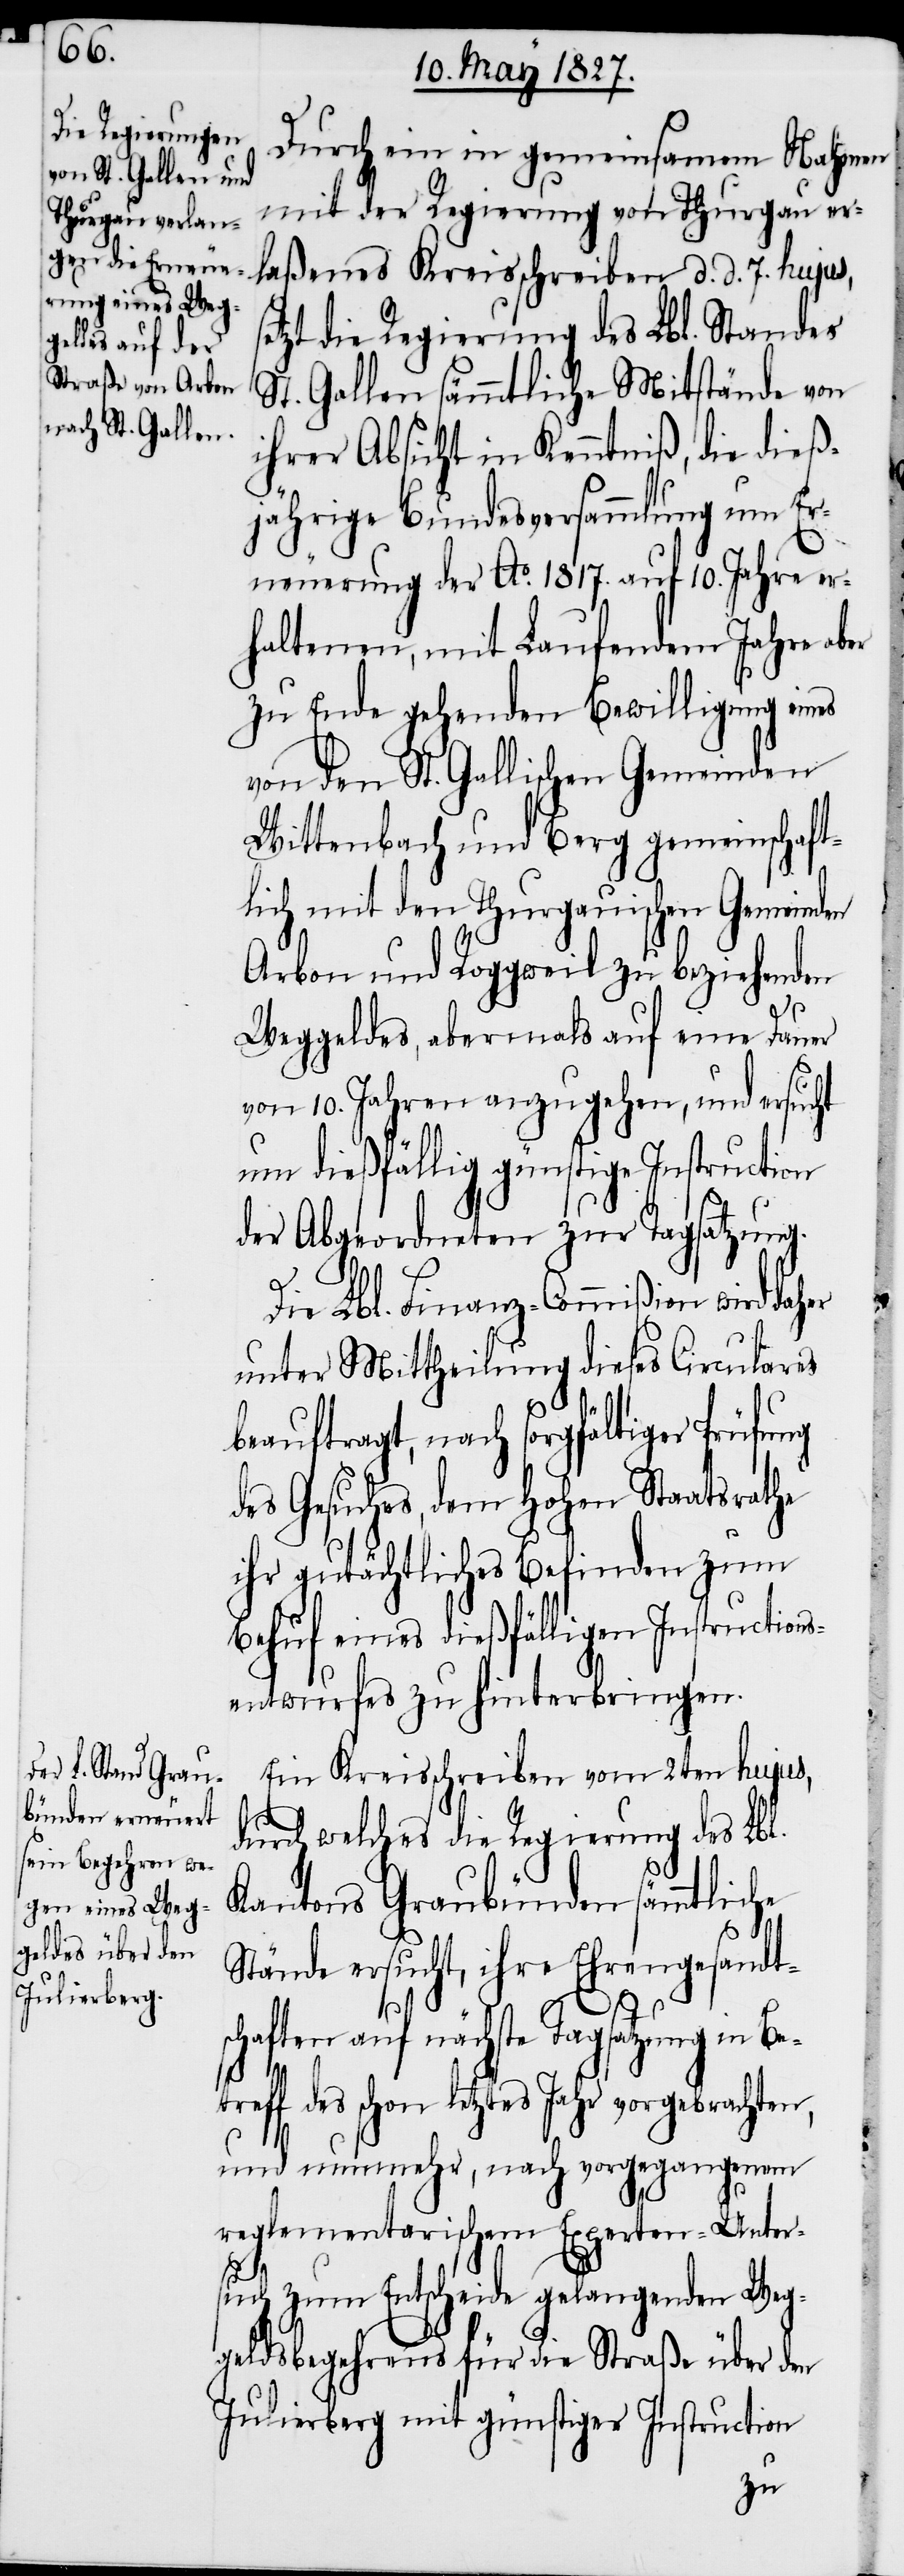
Durch ein in gemeinsamem Nahmen
mit der Regierung von Thurgau er¬
laßenes Kreisschreiben d. d. 7. hujus,
etzt die Regierung des Lbl. Standes
St. Gallen sämmtliche Mitstände von
ihrer Absicht in Kenntniß, die dieß¬
jährige Bundesversammlung um Er¬
neuerung der Ao. 1817. auf 10. Jahre er¬
haltenen, mit laufendem Jahre aber
zu Ende gehenden Bewilligung eines
von den St. Gallischen Gemeinden
Wittenbach und Berg gemeinschaft¬
lich mit den Thurgauischen Gemeinden
Arbon und Roggweil zu beziehenden
Weggeldes, abermals auf eine Dauer
von 10. Jahren anzugehen, und ersucht
um dießfällig günstige Instruction
der Abgeordneten zur Tagsatzung.
Die Lbl. Finanz-Commißion wird daher
unter Mittheilung dieses Circulares
beauftragt, nach sorgfältiger Prüfung
des Gesuches, dem Hohen Staatsrathe
ihr gutächtliches Befinden zum
Behuf eines dießfälligen Instructions¬
entwurfes zu hinterbringen.
Ein Kreisschreiben vom 2ten hujus,
durch welches die Regierung des Lbl.
Kantons Graubünden sämmtliche
Stände ersucht, ihre Ehrengesandt¬
n,
schaften auf nächste Tagsatzung in Be¬
des schon letztes Jahr vorgebrachte¬
und nunmehr, nach vorgegangenem
reglementarischem Experten-Unter¬
s¬
such zum Entscheide gelangenden Weg¬
geldsbegehrens für die Straße über den
Julierberg mit günstiger Instruction